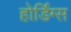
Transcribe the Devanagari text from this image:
होर्डिंग्स